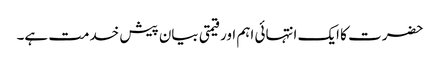
حضرت کا ایک انتہائی اہم اور قیمتی بیان پیش خدمت ہے۔